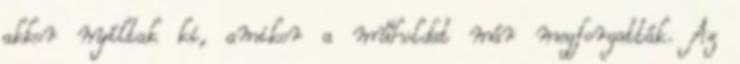
akkor nyíltak ki, amikor a műholdat már megforgatták. Az